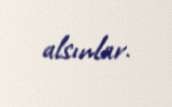
alsınlar.